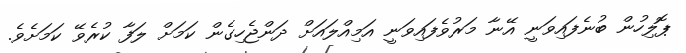
ޕޮލިހުން ބުނެފައިވަނީ އޭނާ މަރުވެފައިވަނީ އަމިއްލައަށް ދަންޖެހިގެން ކަމަށް ލަފާ ކުރެވޭ ކަމަށެވެ.